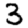
Digit: 3